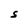
Character: S